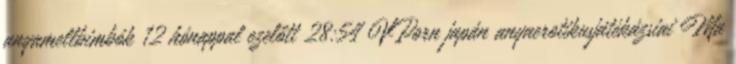
anyamellbimbók 12 hónappal ezelőtt 28:54 VPorn japán anyaerotikusjátékázsiai Ma